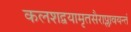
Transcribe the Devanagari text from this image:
कलशद्वयामृतसैराप्लावयन्तं